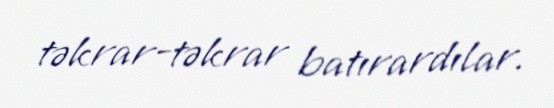
təkrar-təkrar batırardılar.